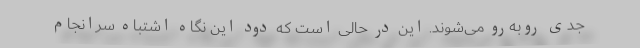
جدی روبه‌رو می‌شوند. این در حالی است که دود این نگاه اشتباه سرانجام